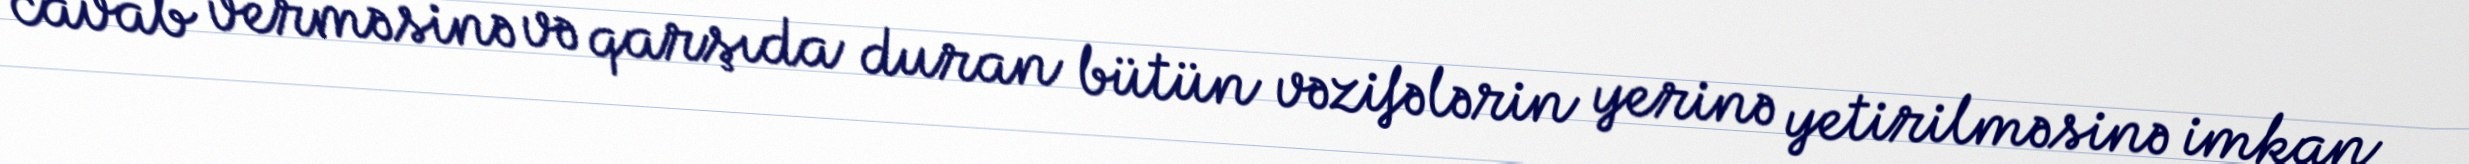
cavab verməsinə və qarşıda duran bütün vəzifələrin yerinə yetirilməsinə imkan